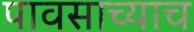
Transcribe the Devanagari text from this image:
पावसाच्याच